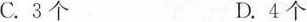
C.3个D.4个